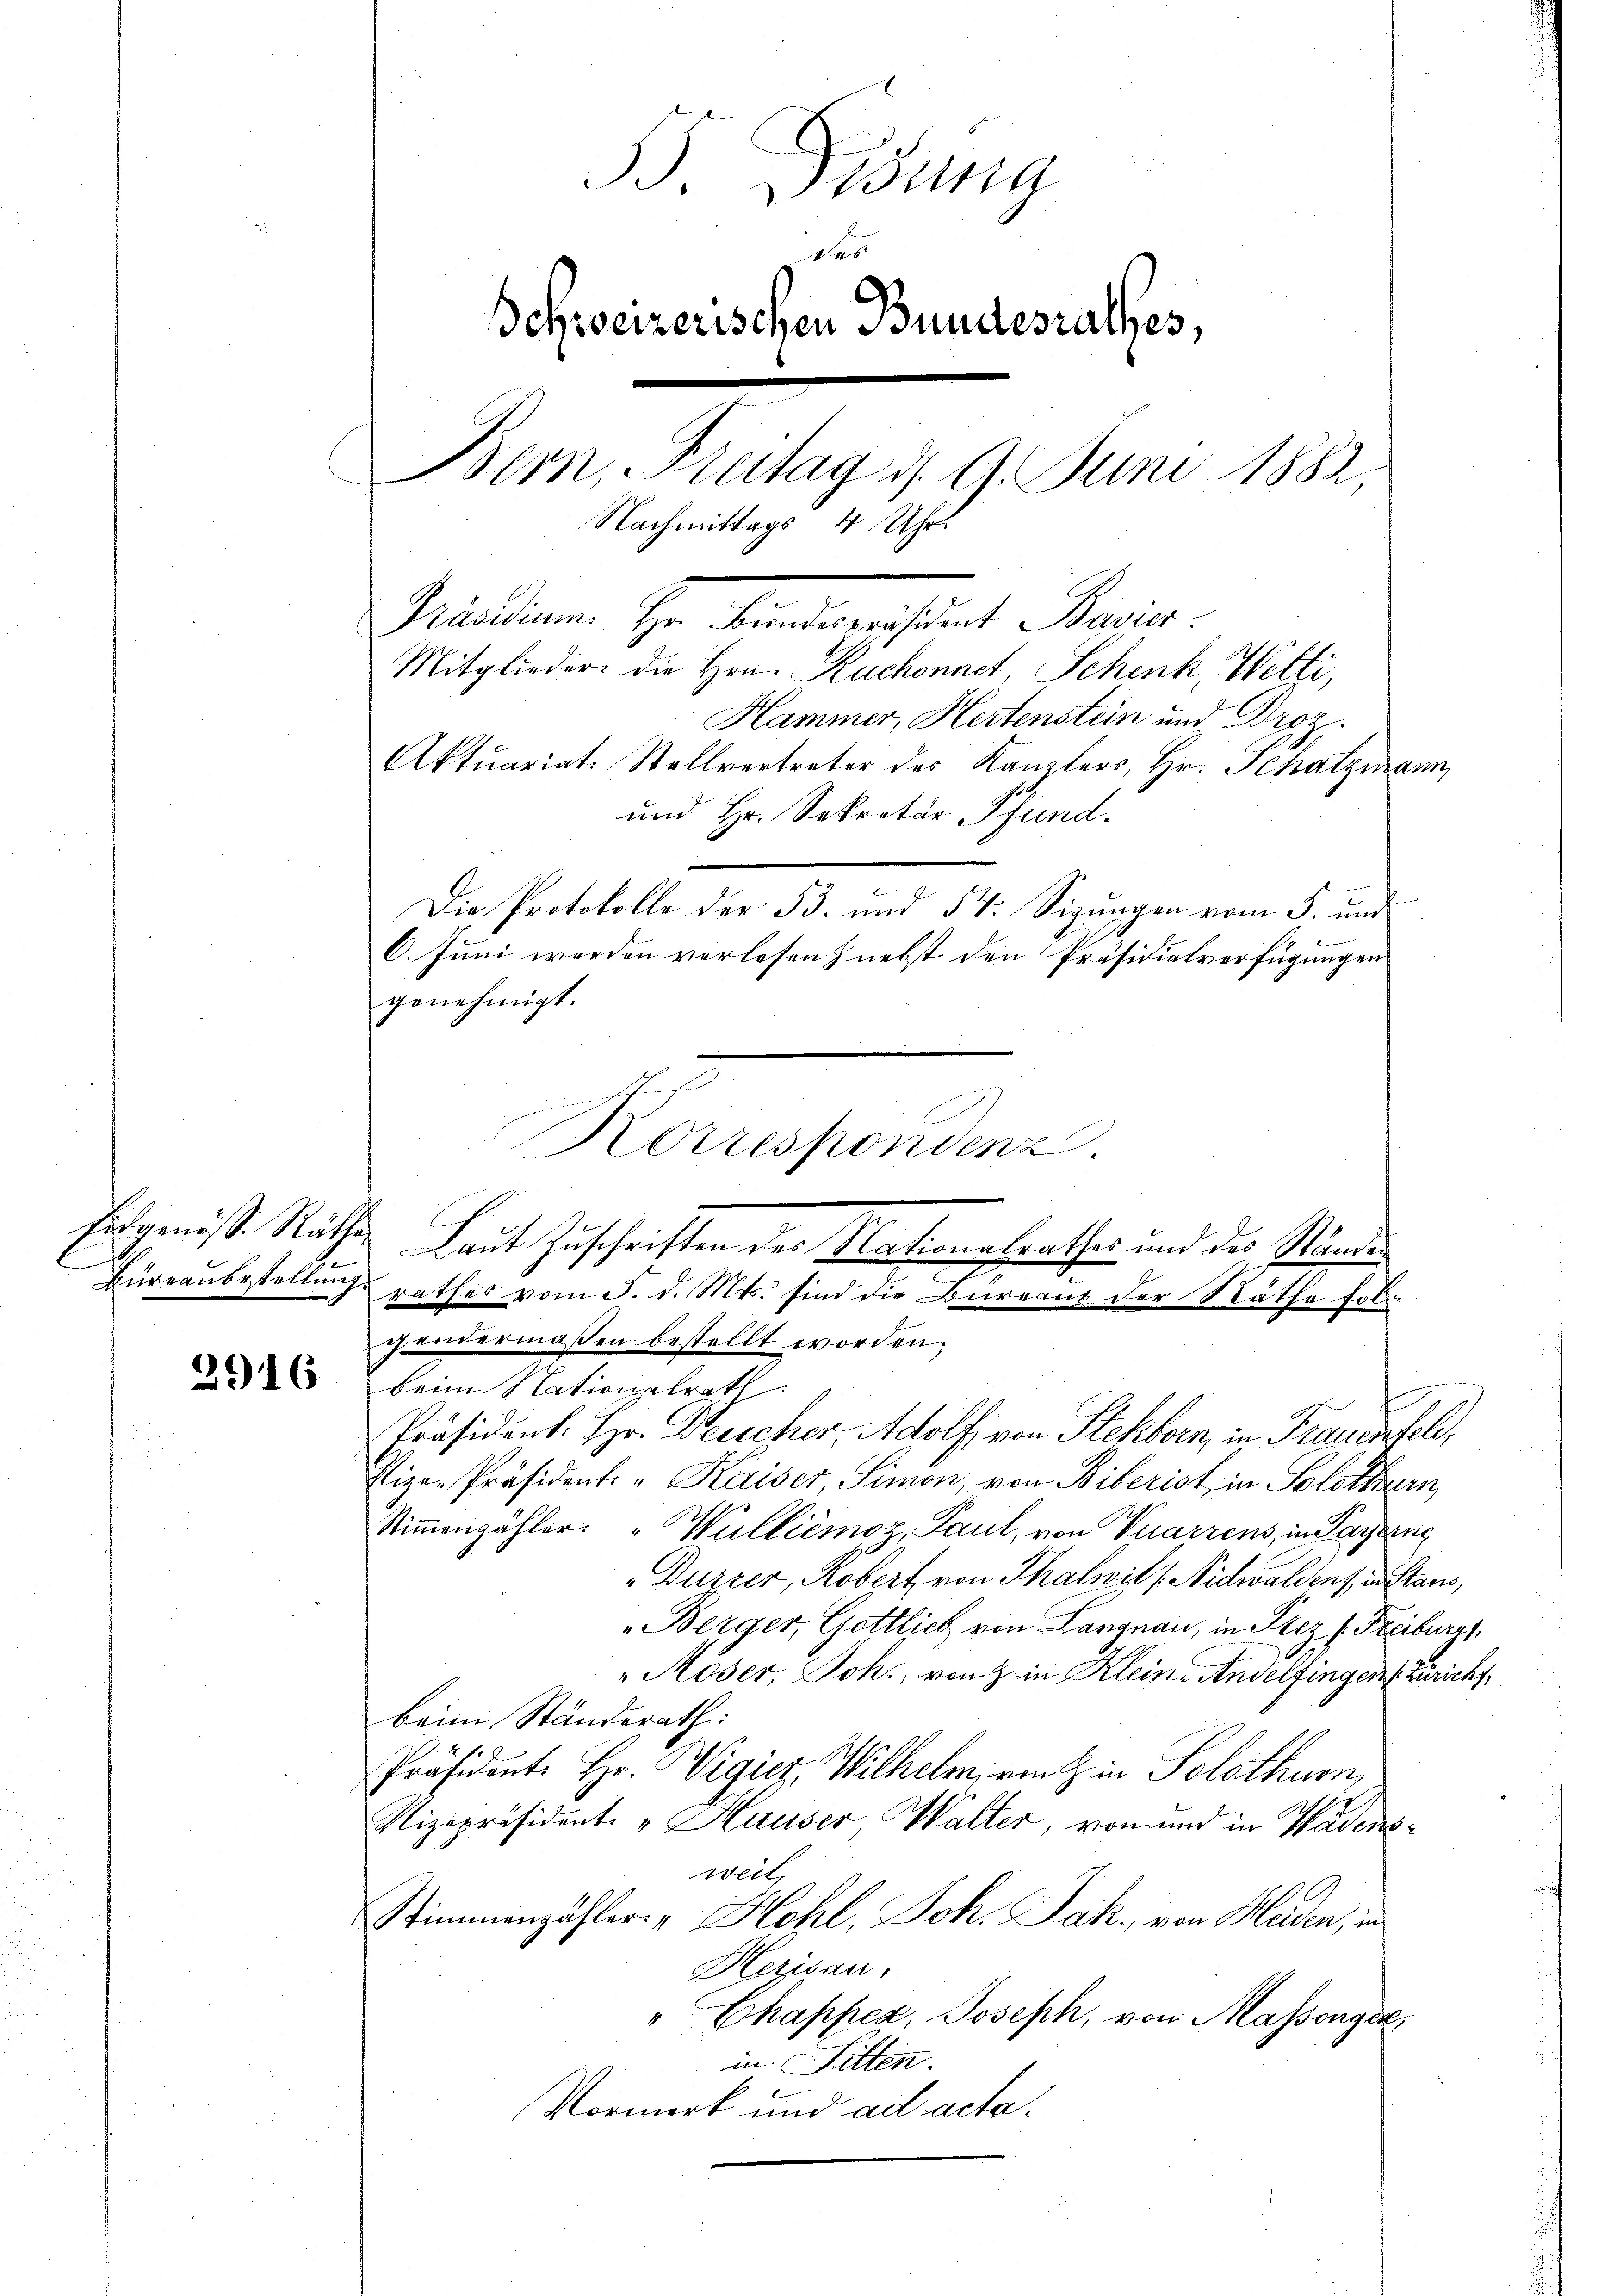
Büreaubestellung

2916

B. Bisung
des
Schweizerischen Bundesrathes,
Bern, Freitag d. 9. Juni 1882,
Nachmittags 4 Uhr.
Mindem Hr. Andererstant Paris.
Mitglieder die Hrn. Ruchonnet, Schenk, Wetti,
Hammer, Hertenstein und Droz.
Aktuariat. Stellvertreter des Kanzlers, Hr. Schatzmann,
und Hr. Sekretär Pfund.
Die Protokolle der B. und 5t: Sizungen vom 5. und
6. Juni werden verlesen) nebst den Präsidialverfügungen
genehmigt.

beim Nationalrath
Präsident. Hr. Besicher Adolf, von Stehborn, in Frauenfeld,
Pize-Präsidente „Kaiser, Simon, von Biberist in Solothurn,
Stimmenzähler. „Wullièmoz, Paul, von Vuarrens, in Payerne
"Durzer, Robert von Thalwith Nidwaldenfanstans,
Berger, Gottlich von Langnau, in Prez (Freiburg
"Moser, Joh., von Z. in Kleine Andelfingen Züricht
beim Standerath:
Präsidente Hr. Wigier, Wilhelmirenz in Solothurn,
Vizepräsidente „Hauser, Walter, von und in Wädensweit,
Stimmenzähler - Hohl, Joh. Jak, von Heiden, in
Herisau,
"Chapper, Joseph, von Massenge
in Sitten.
Vormerk und ad acta.

m
Korrespondenz.
rathes vom 5. d. Mts. sind die Bureaus der Räthe fol¬

Eisgenöss. Räthe Laut Zuschriften der Nationalrathes und des Ständen
gandermaßen bestellt worden;